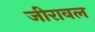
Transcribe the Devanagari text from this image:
जीरावल